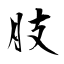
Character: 肢